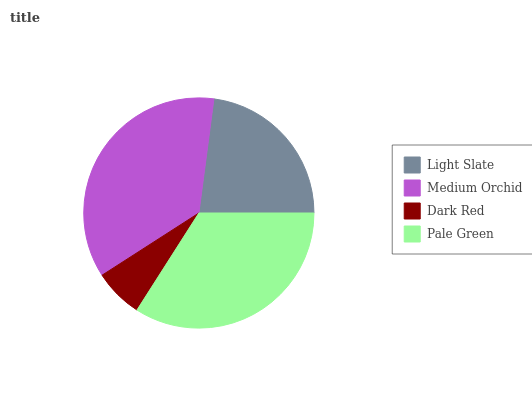
| Light Slate | Medium Orchid | Dark Red | Pale Green |
 | --- | --- | --- | --- |
 | 22.9% | 36.1% | 6.88% | 34.1% |